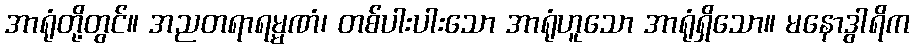
အာရုံတို့တွင်။ အညတရာရမ္မဏံ၊ တစ်ပါးပါးသော အာရုံဟူသော အာရုံရှိသော။ မနောဒွါရိက